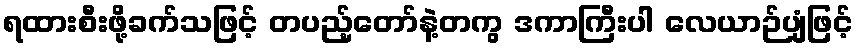
ရထားစီးဖို့ခက်သဖြင့် တပည့်တော်နဲ့တကွ ဒကာကြီးပါ လေယာဉ်ပျံဖြင့်